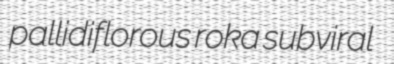
pallidiflorous roka subviral